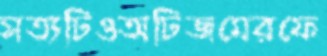
সত্যটিওঅটিজমেরফে